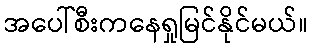
အပေါ်စီးကနေရှုမြင်နိုင်မယ်။